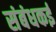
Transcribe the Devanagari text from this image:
संबंधकई